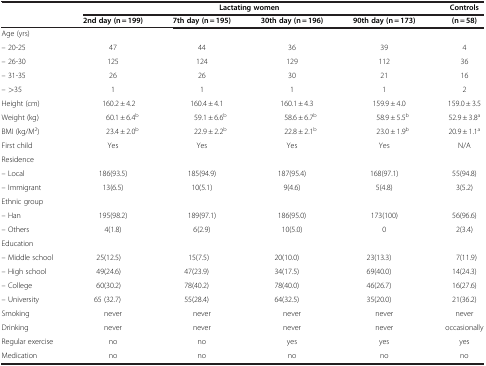
<table><thead><tr><td><b> </b></td><td colspan="4"><b>Lactating women</b></td><td><b>Controls</b></td></tr><tr><td><b> </b></td><td><b>2nd day (n = 199)</b></td><td><b>7th day (n = 195)</b></td><td><b>30th day (n = 196)</b></td><td><b>90th day (n = 173)</b></td><td><b>(n = 58)</b></td></tr></thead><tbody><tr><td colspan="6">Age (yrs)</td></tr><tr><td>– 20-25</td><td>47</td><td>44</td><td>36</td><td>39</td><td>4</td></tr><tr><td>– 26-30</td><td>125</td><td>124</td><td>129</td><td>112</td><td>36</td></tr><tr><td>– 31-35</td><td>26</td><td>26</td><td>30</td><td>21</td><td>16</td></tr><tr><td>– &gt;35</td><td>1</td><td>1</td><td>1</td><td>1</td><td>2</td></tr><tr><td>Height (cm)</td><td>160.2 ± 4.2</td><td>160.4 ± 4.1</td><td>160.1 ± 4.3</td><td>159.9 ± 4.0</td><td>159.0 ± 3.5</td></tr><tr><td>Weight (kg)</td><td>60.1 ± 6.4<sup>b</sup></td><td>59.1 ± 6.6<sup>b</sup></td><td>58.6 ± 6.7<sup>b</sup></td><td>58.9 ± 5.5<sup>b</sup></td><td>52.9 ± 3.8<sup>a</sup></td></tr><tr><td>BMI (kg/M<sup>2</sup>)</td><td>23.4 ± 2.0<sup>b</sup></td><td>22.9 ± 2.2<sup>b</sup></td><td>22.8 ± 2.1<sup>b</sup></td><td>23.0 ± 1.9<sup>b</sup></td><td>20.9 ± 1.1<sup>a</sup></td></tr><tr><td>First child</td><td>Yes</td><td>Yes</td><td>Yes</td><td>Yes</td><td>N/A</td></tr><tr><td colspan="6">Residence</td></tr><tr><td>– Local</td><td>186(93.5)</td><td>185(94.9)</td><td>187(95.4)</td><td>168(97.1)</td><td>55(94.8)</td></tr><tr><td>– Immigrant</td><td>13(6.5)</td><td>10(5.1)</td><td>9(4.6)</td><td>5(4.8)</td><td>3(5.2)</td></tr><tr><td colspan="6">Ethnic group</td></tr><tr><td>– Han</td><td>195(98.2)</td><td>189(97.1)</td><td>186(95.0)</td><td>173(100)</td><td>56(96.6)</td></tr><tr><td>– Others</td><td>4(1.8)</td><td>6(2.9)</td><td>10(5.0)</td><td>0</td><td>2(3.4)</td></tr><tr><td colspan="6">Education</td></tr><tr><td>– Middle school</td><td>25(12.5)</td><td>15(7.5)</td><td>20(10.0)</td><td>23(13.3)</td><td>7(11.9)</td></tr><tr><td>– High school</td><td>49(24.6)</td><td>47(23.9)</td><td>34(17.5)</td><td>69(40.0)</td><td>14(24.3)</td></tr><tr><td>– College</td><td>60(30.2)</td><td>78(40.2)</td><td>78(40.0)</td><td>46(26.7)</td><td>16(27.6)</td></tr><tr><td>– University</td><td>65 (32.7)</td><td>55(28.4)</td><td>64(32.5)</td><td>35(20.0)</td><td>21(36.2)</td></tr><tr><td>Smoking</td><td>never</td><td>never</td><td>never</td><td>never</td><td>never</td></tr><tr><td>Drinking</td><td>never</td><td>never</td><td>never</td><td>never</td><td>occasionally</td></tr><tr><td>Regular exercise</td><td>no</td><td>no</td><td>yes</td><td>yes</td><td>yes</td></tr><tr><td>Medication</td><td>no</td><td>no</td><td>no</td><td>no</td><td>no</td></tr></tbody></table>